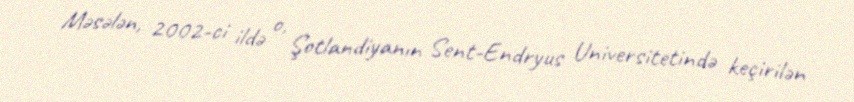
Məsələn, 2002-ci ildə o, Şotlandiyanın Sent-Endryus Universitetində keçirilən